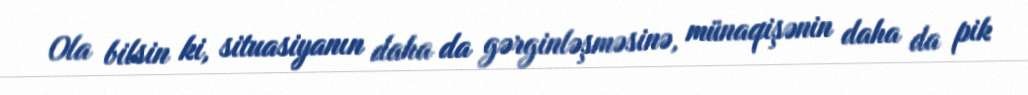
Ola bilsin ki, situasiyanın daha da gərginləşməsinə, münaqişənin daha da pik